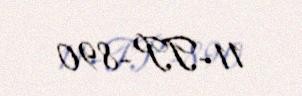
11-TP-890